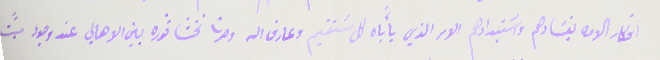
افكار الامه بفسَادهم واسَتبدادهم الامر الذي يأباه كل مسَتقيم وعارف الله وصرنا نخشا ثوره بين الاهالي عند وجود ميًت